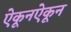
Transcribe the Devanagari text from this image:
ऐकूनऐकून